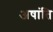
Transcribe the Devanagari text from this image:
अषांति